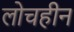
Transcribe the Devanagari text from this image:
लोचहीन